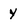
Character: y